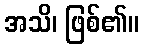
အသိ၊ ဖြစ်၏။